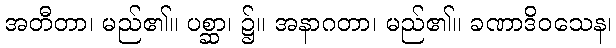
အတီတာ၊ မည်၏။ ပစ္ဆာ၊ ၌။ အနာဂတာ၊ မည်၏။ ခဏာဒိဝသေန၊